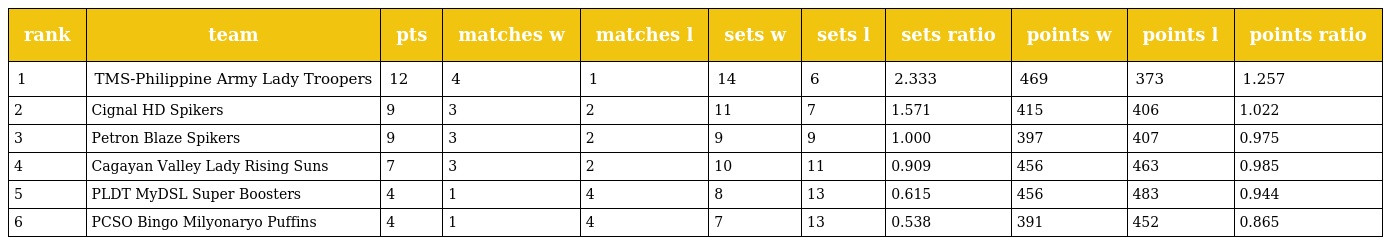
| rank | team | pts | matches w | matches l | sets w | sets l | sets ratio | points w | points l | points ratio |
 | --- | --- | --- | --- | --- | --- | --- | --- | --- | --- | --- |
 | 1 | TMS-Philippine Army Lady Troopers | 12 | 4 | 1 | 14 | 6 | 2.333 | 469 | 373 | 1.257 |
 | 2 | Cignal HD Spikers | 9 | 3 | 2 | 11 | 7 | 1.571 | 415 | 406 | 1.022 |
 | 3 | Petron Blaze Spikers | 9 | 3 | 2 | 9 | 9 | 1.000 | 397 | 407 | 0.975 |
 | 4 | Cagayan Valley Lady Rising Suns | 7 | 3 | 2 | 10 | 11 | 0.909 | 456 | 463 | 0.985 |
 | 5 | PLDT MyDSL Super Boosters | 4 | 1 | 4 | 8 | 13 | 0.615 | 456 | 483 | 0.944 |
 | 6 | PCSO Bingo Milyonaryo Puffins | 4 | 1 | 4 | 7 | 13 | 0.538 | 391 | 452 | 0.865 |